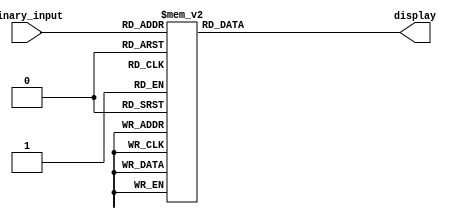
module seven_seg_display_driver(
    input [4:0] binary_input, // 4-bit binary input
    output reg [6:0] display  // 7-bit output for the seven segments (a-g)
);

    always @(*) begin
        case(binary_input)
            5'b00000: display = 7'b1111001; // 1
            5'b00001: display = 7'b0100100; // 2
            5'b00010: display = 7'b0110000; // 3
            5'b00011: display = 7'b0011001; // 4
            5'b00100: display = 7'b0010010; // 5
            5'b00101: display = 7'b0000010; // 6
            5'b00110: display = 7'b1111000; // 7
            5'b00111: display = 7'b0000000; // 8
            5'b01000: display = 7'b0001000; // A
            5'b01001: display = 7'b0000011; // b
            5'b01010: display = 7'b1000110; // C
            5'b01011: display = 7'b0100001; // d
            5'b01100: display = 7'b0000110; // E
            5'b01101: display = 7'b0001110; // F
            5'b01110: display = 7'b0010000; // g
            5'b01111: display = 7'b0001001; // H
				5'b10000: display = 7'b1001111; // I
            5'b10001: display = 7'b1000111; // L
            5'b10010: display = 7'b0001100; // P
            default: display = 7'b1111111; // Off
				/*
				I:1001111
				L:1000111
				P:0001100
				
				
				*/
        endcase
    end
endmodule